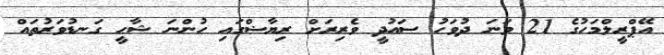
އޭޕްރީލްމަހުގެ 21 ވަނަ ދުވަހު ސައުދީ ވެރިރަށް ރިޔާޟްގައި ހުންނަ ޝާހީ ގަނޑުވަރުތައް